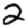
Digit: 2